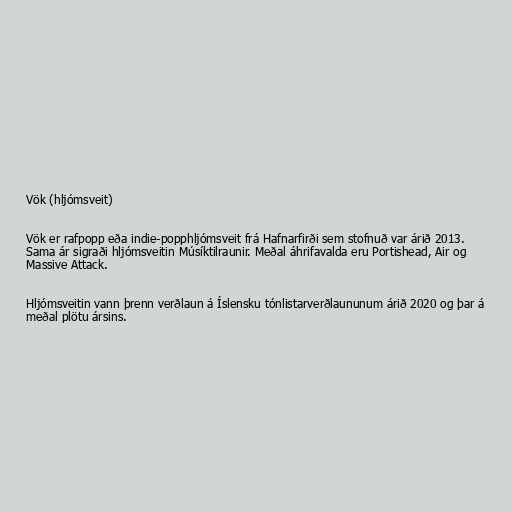
Vök (hljómsveit)

Vök er rafpopp eða indie-popphljómsveit frá Hafnarfirði sem stofnuð var árið 2013.
Sama ár sigraði hljómsveitin Músíktilraunir. Meðal áhrifavalda eru Portishead, Air og
Massive Attack.

Hljómsveitin vann þrenn verðlaun á Íslensku tónlistarverðlaununum árið 2020 og þar á
meðal plötu ársins.